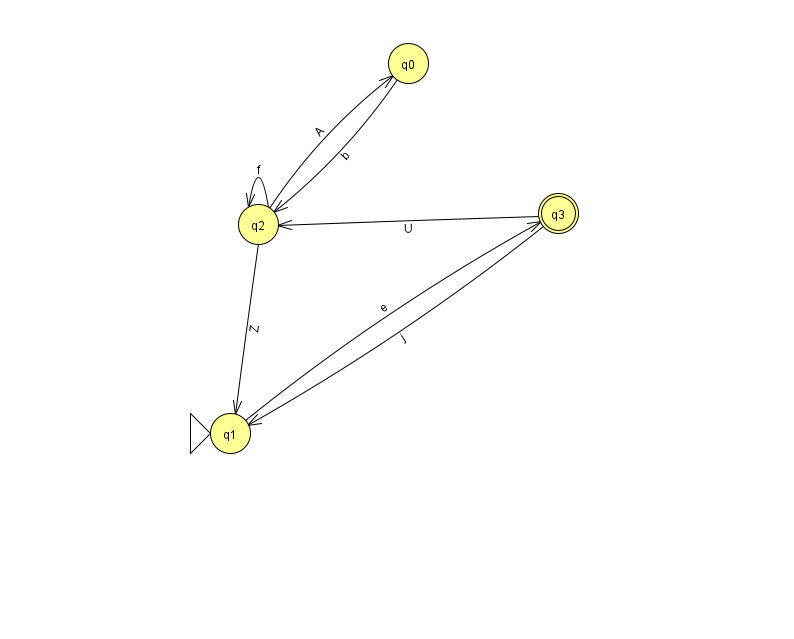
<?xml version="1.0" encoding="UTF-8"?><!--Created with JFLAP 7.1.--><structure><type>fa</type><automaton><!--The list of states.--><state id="0" name="q0"><x>408.0</x><y>50.0</y></state><state id="1" name="q1"><x>230.0</x><y>420.0</y><initial/></state><state id="2" name="q2"><x>258.0</x><y>211.0</y></state><state id="3" name="q3"><x>558.0</x><y>200.0</y><final/></state><!--The list of transitions.--><transition><from>3</from><to>2</to><read>U</read></transition><transition><from>1</from><to>3</to><read>e</read></transition><transition><from>2</from><to>2</to><read>f</read></transition><transition><from>2</from><to>0</to><read>A</read></transition><transition><from>2</from><to>1</to><read>Z</read></transition><transition><from>3</from><to>1</to><read>j</read></transition><transition><from>0</from><to>2</to><read>b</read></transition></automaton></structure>